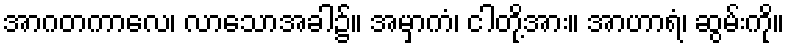
အာဂတကာလေ၊ လာသောအခါ၌။ အမှာကံ၊ ငါတို့အား။ အာဟာရံ၊ ဆွမ်းကို။